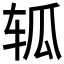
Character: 𮝴